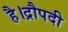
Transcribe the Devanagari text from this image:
है।द्रौपदी